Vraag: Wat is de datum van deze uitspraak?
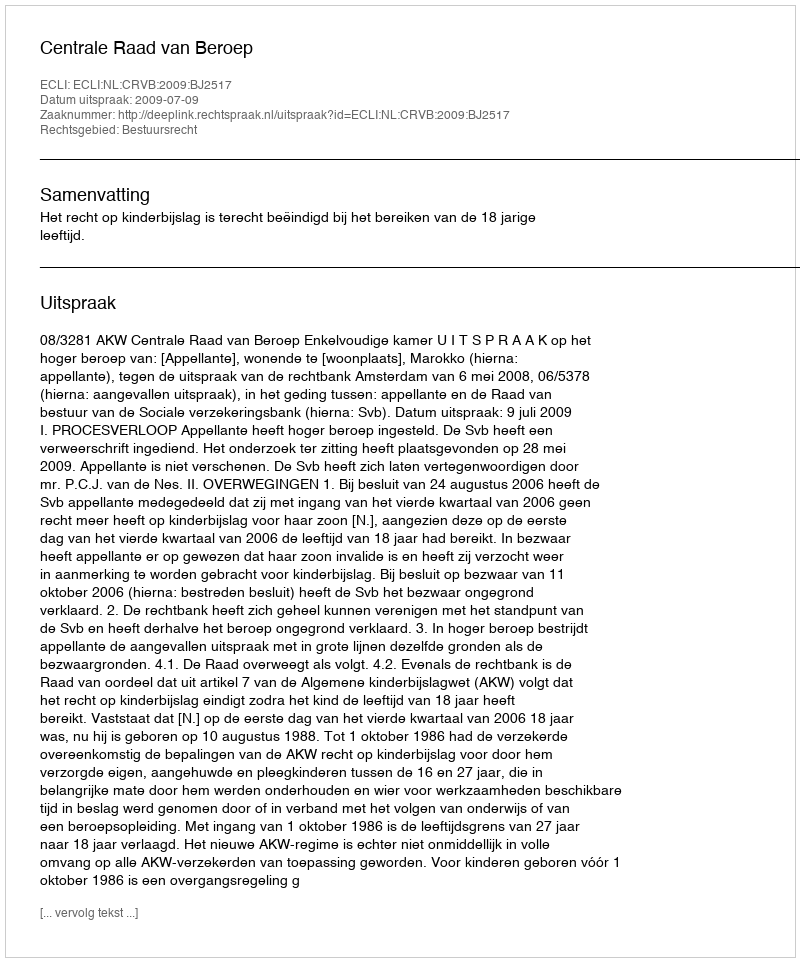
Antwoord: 2009-07-09